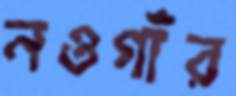
নওগাঁর